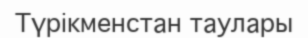
Түрікменстан таулары